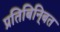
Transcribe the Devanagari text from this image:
प्रतिबिनि्बत